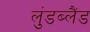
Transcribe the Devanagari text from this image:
लुंडब्लैंड